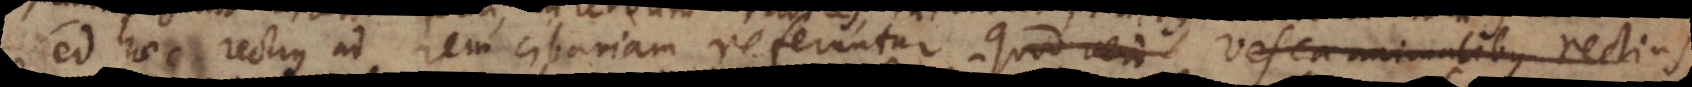
Sed haec rectius ad rem cibariam referuntur. Quod vero Vesca animalibus rectius